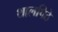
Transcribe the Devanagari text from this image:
थालपिठे